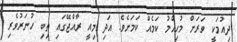
ދިއުމަކީ ވަރަށް މުހިއްމު ކަމެއް ކަމަށެވެ. އަދި މިއީ ރާއްޖޭގައި ތިބި ހުނަރުވެރި